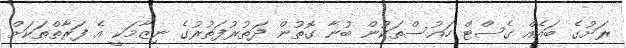
ރަށުގެ ބައެއް ގެސްޓް ހައުސްތަކުން ބުނާ ގޮތުން ދަތުރުފަތުރުގެ ނިޒާމަކީ އެ ފަރާތްތަކަށް